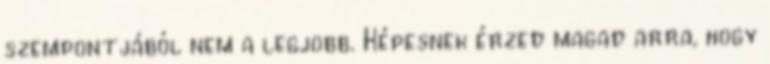
szempontjából nem a legjobb. Képesnek érzed magad arra, hogy